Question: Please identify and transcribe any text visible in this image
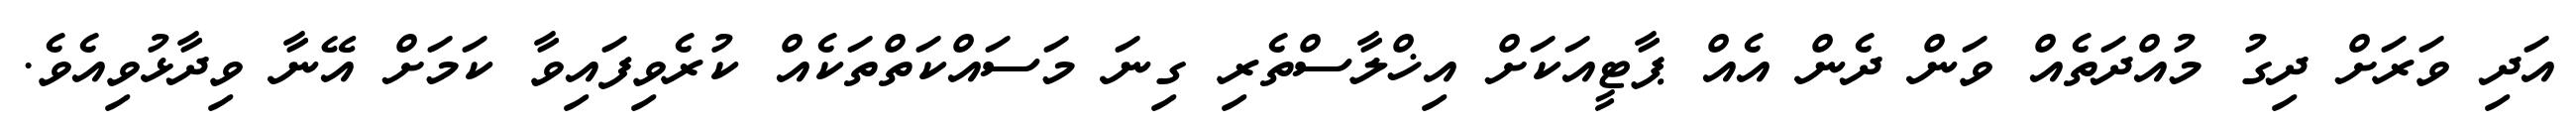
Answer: އަދި ވަރަށް ދިގު މުއްދަތެއް ވަން ދެން އެއް ޕާޓީއަކަށް އިޚްލާސްތެރި ގިނަ މަސައްކަތްތަކެއް ކުރެވިފައިވާ ކަމަށް އޭނާ ވިދާޅުވިއެވެ.